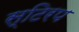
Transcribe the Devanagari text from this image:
स्टिरप